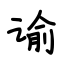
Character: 谕